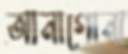
আনাগোনা